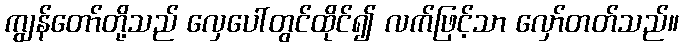
ကျွန်တော်တို့သည် လှေပေါ်တွင်ထိုင်၍ လက်ဖြင့်သာ လှော်တတ်သည်။